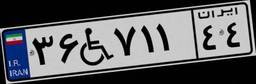
۳۶W۷۱۱۴۴